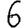
Digit: 6